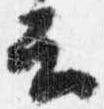
云